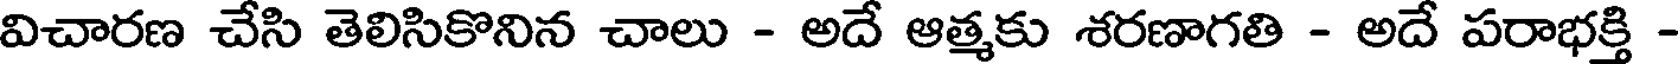
విచారణ చేసి తెలిసికొనిన చాలు - అదే ఆత్మకు శరణాగతి - అదే పరాభక్తి -